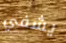
يشفي